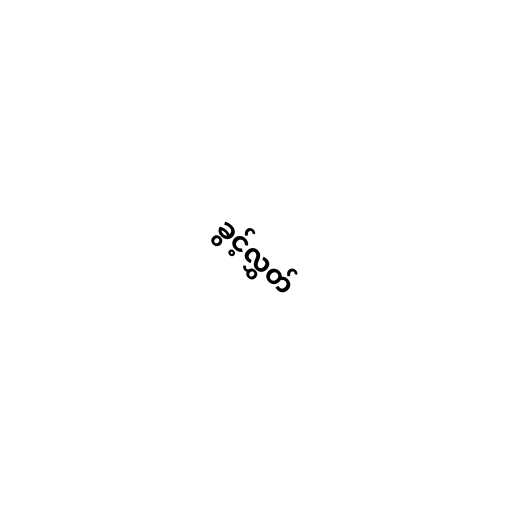
ခွင့်လွှတ်